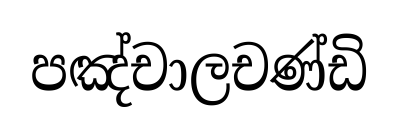
පඤ්චාලචණ්ඩි